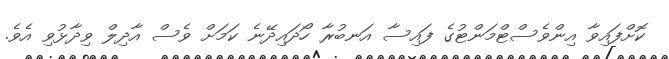
ކޮށްފައިވާ އިންވެސްޓްމަންޓުގެ ފައިސާ އަނބުރާ ހޯދައިދޭނެ ކަމަށް ވެސް އާދިލް ވިދާޅުވި އެވެ.